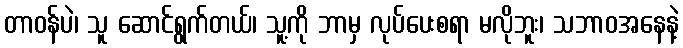
တာဝန်ပဲ၊ သူ ဆောင်ရွက်တယ်၊ သူ့ကို ဘာမှ လုပ်ပေးစရာ မလိုဘူး၊ သဘာဝအနေနဲ့